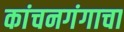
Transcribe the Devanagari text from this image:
कांचनगंगाचा